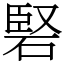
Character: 硻